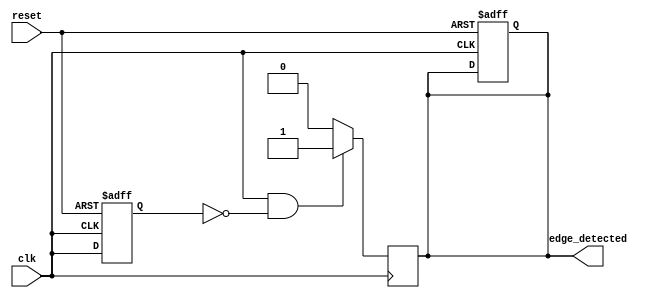
module edge_detector (
    input wire clk,               // Input signal to detect edges
    input wire reset,             // Asynchronous reset
    output reg edge_detected      // Output pulse for detected rising edge
);

    reg prev_clk;                 // Previous state of the input signal

    // D Flip-Flop to store the previous state of the input signal
    always @(posedge clk or posedge reset) begin
        if (reset) begin
            prev_clk <= 1'b0;     // Initialize the previous state to 0 on reset
            edge_detected <= 1'b0; // Ensure output is low on reset
        end else begin
            prev_clk <= clk;      // Sample the input signal
        end
    end

    // Edge detection logic
    always @(posedge clk) begin
        // Detect rising edge: current clk is high and previous clk was low
        if (clk && ~prev_clk) begin
            edge_detected <= 1'b1; // Set output high for one clock cycle
        end else begin
            edge_detected <= 1'b0;  // Clear output if no edge is detected
        end
    end

endmodule